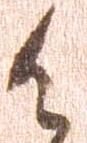
候